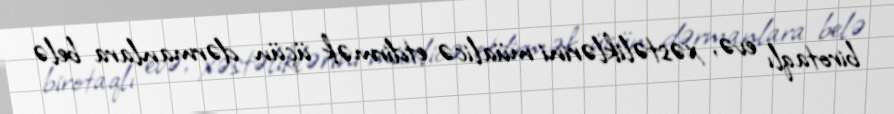
birotaqlı evə, xəstəliklərini müalicə etdirmək üçün dərmanlara belə